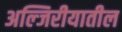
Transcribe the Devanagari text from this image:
अल्जिरीयातील